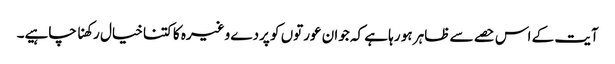
آیت کے اس حصے سے ظاہر ہو رہا ہے کہ جوان عورتوں کو پردے وغیرہ کا کتنا خیال رکھنا چاہیے۔